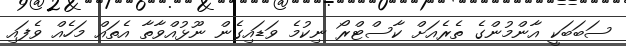
ސަބަބަކީ އާންމުންގެ ތެރެއަށް ކާސްޓްރޯ ނިކުމެ ވަޑައިގެން ނޫޅުއްވާތާ އެތައް މަހެއް ވެފައި